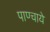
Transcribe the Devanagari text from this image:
पाण्चाये